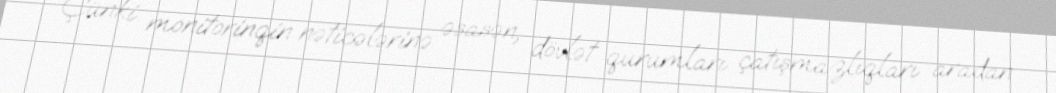
Çünki monitorinqin nəticələrinə əsasən, dövlət qurumları çatışmazlıqları aradan